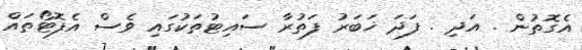
އެގޮތުން . އަދި . ފަދަ ޚަބަރު ފަތުރާ ސައިޓުތަކުގައި ވެސް އެފޮޓޯތައް